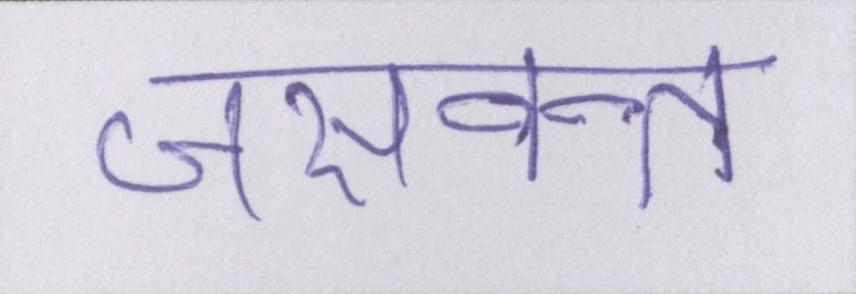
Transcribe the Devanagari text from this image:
जसवन्त